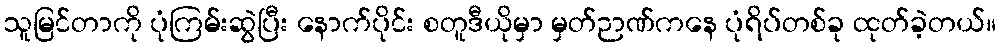
သူမြင်တာကို ပုံကြမ်းဆွဲပြီး နောက်ပိုင်း စတူဒီယိုမှာ မှတ်ဉာဏ်ကနေ ပုံရိပ်တစ်ခု ထုတ်ခဲ့တယ်။